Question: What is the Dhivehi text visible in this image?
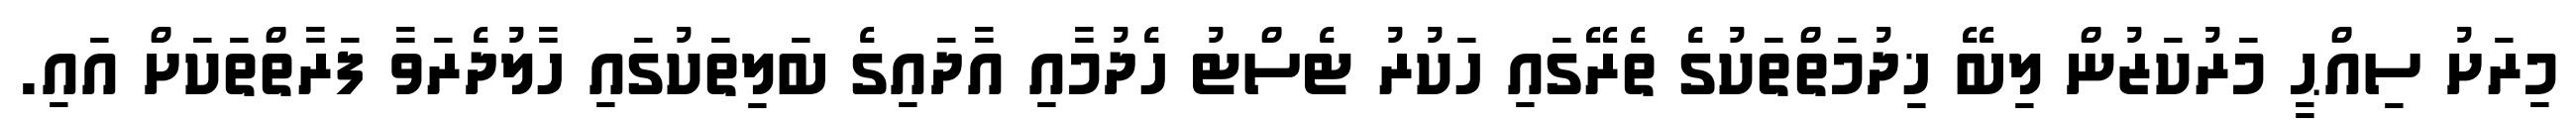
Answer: މިރަށު ސިއްޙީ މަރުކަޒުން ލިބޭ ޚިދުމަތްތަކުގެ ތެރޭގައި ހަކުރު ޓެސްޓު ހެދުމާއި އާދައިގެ ބަލިތަކުގައި ހާލުދެރަވާ ފަރާތްތަކަށް އައި.